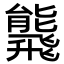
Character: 𩙸